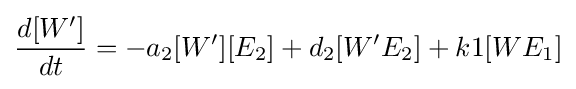
{\frac {d[W']}{dt}}=-a_{2}[W'][E_{2}]+d_{2}[W'E_{2}]+k1[WE_{1}]